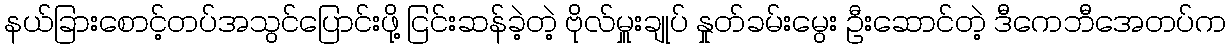
နယ်ခြားစောင့်တပ်အသွင်ပြောင်းဖို့ ငြင်းဆန်ခဲ့တဲ့ ဗိုလ်မှူးချုပ် နှုတ်ခမ်းမွေး ဦးဆောင်တဲ့ ဒီကေဘီအေတပ်က